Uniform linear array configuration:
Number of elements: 48
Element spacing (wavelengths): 0.5
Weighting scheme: kaiser
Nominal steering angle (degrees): -60
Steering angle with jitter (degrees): -60.236
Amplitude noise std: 0.05
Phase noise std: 0.05

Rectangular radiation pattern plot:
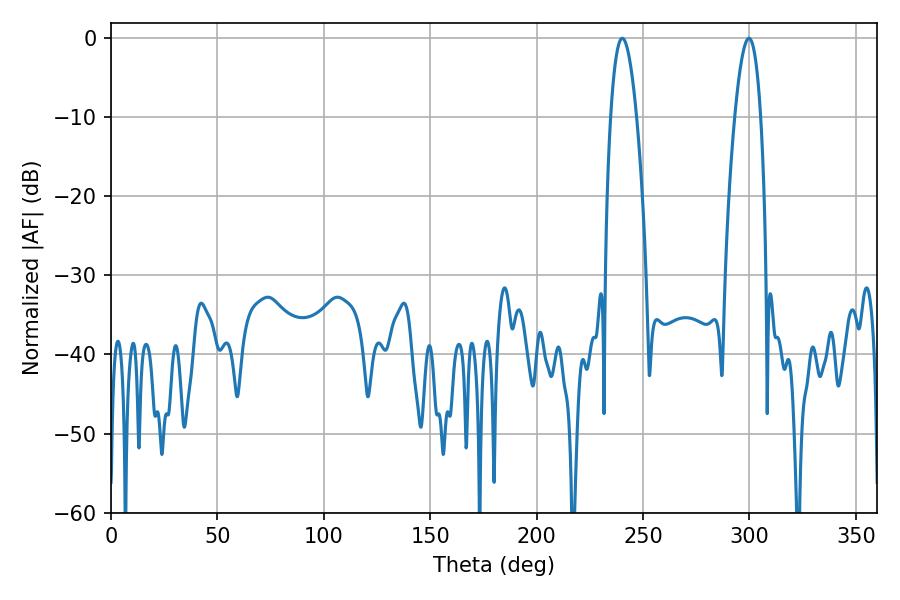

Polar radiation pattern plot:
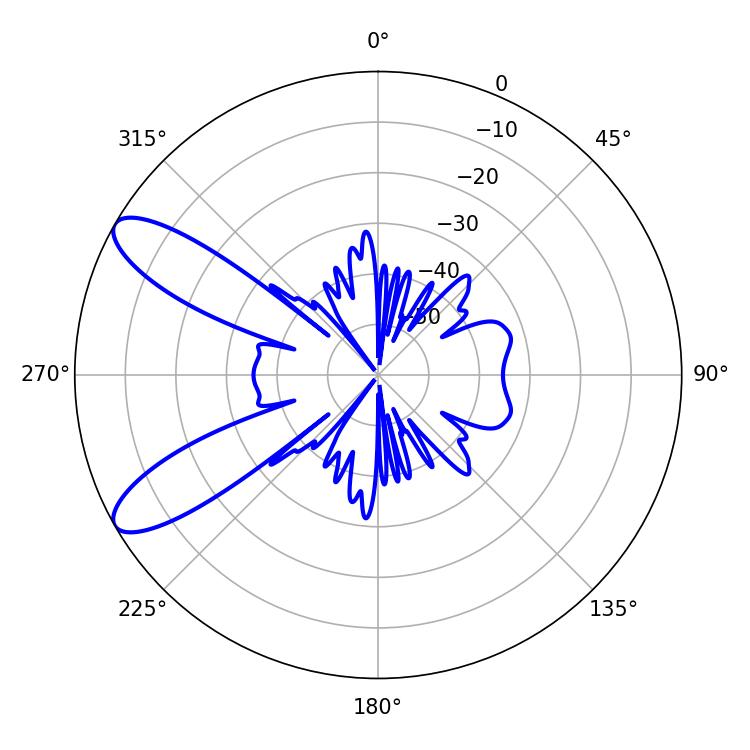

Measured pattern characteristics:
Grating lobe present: FALSE
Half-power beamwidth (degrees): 6.66
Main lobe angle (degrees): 299.7